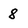
Character: 8